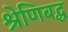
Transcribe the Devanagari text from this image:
श्रेणिबद्ध